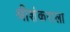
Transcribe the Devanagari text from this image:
श्रीशंकराला